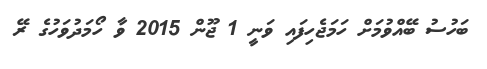
ބަހުސު ބޭއްވުމަށް ހަމަޖެހިފައި ވަނީ 1 ޖޫން 2015 ވާ ހޯމަދުވަހުގެ ރޭ